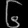
Digit: ၆